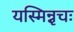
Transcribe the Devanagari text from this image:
यस्मिन्नृचः